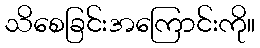
သိစေခြင်းအကြောင်းကို။